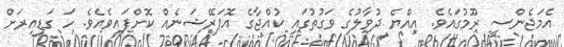
އެމަޖެންސީ ރޫމުގައެވެ. އިއްޔެ ދުވާލުގެ ވަގުތުގައި ކުއްޖާގެ އޮޕަރޭޝަނެއް ކޮށްފައިވެއެވެ. ހަ ގަޑިއިރަށް